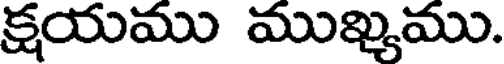
క్షయము ముఖ్యము.